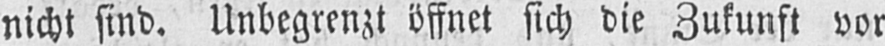
nicht sind. Unbegrenzt öffnet sich die Zukunft vor